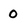
Character: 0